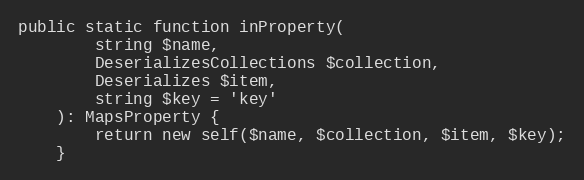
Language: PHP
public static function inProperty(
        string $name,
        DeserializesCollections $collection,
        Deserializes $item,
        string $key = 'key'
    ): MapsProperty {
        return new self($name, $collection, $item, $key);
    }